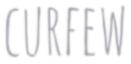
CURFEW